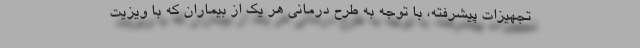
تجهیزات پیشرفته، با توجه به طرح درمانی هر یک از بیماران که با ویزیت